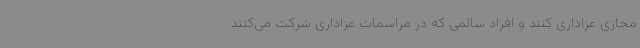
مجازی عزاداری کنند و افراد سالمی که در مراسمات عزاداری شرکت می‌کنند